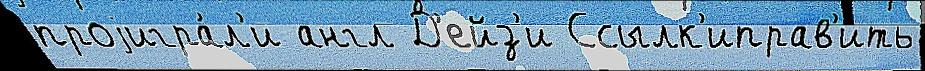
проjигра́л'и англ Д'ейз'и Ссылк'иправ'ить